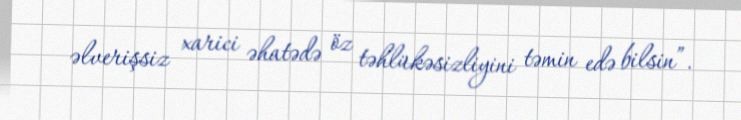
əlverişsiz xarici əhatədə öz təhlükəsizliyini təmin edə bilsin”.